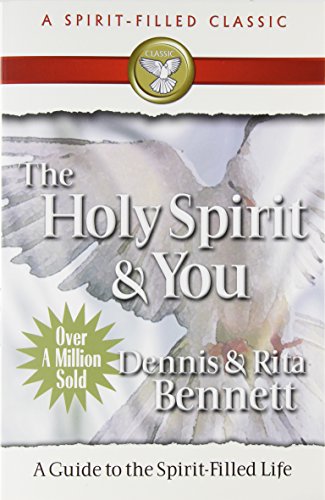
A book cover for The Holy Spirit and You: A  Guide to the Spirit Filled Life; Dennis J. Bennett; Christian Books & Bibles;